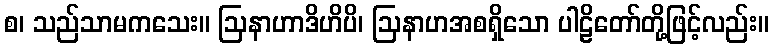
စ၊ သည်သာမကသေး။ ဩနာဟာဒိဟိပိ၊ ဩနာဟအစရှိသော ပါဠိတော်တို့ဖြင့်လည်း။